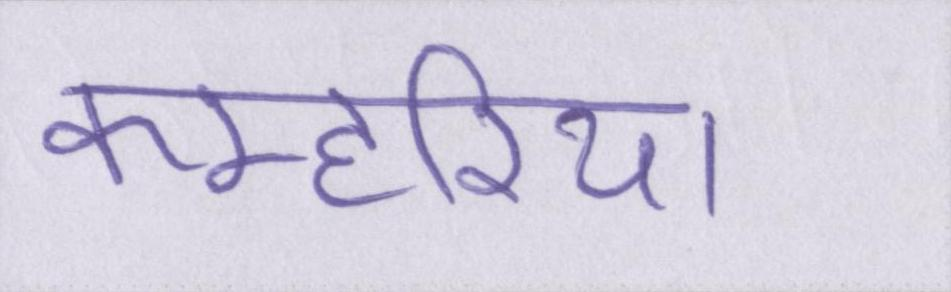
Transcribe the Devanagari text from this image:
कम्हरिया